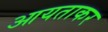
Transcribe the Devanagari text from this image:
आयताकर